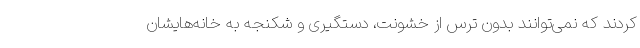
کردند که نمی‌توانند بدون ترس از خشونت، دستگیری و شکنجه به خانه‌هایشان